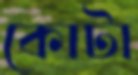
কোটা